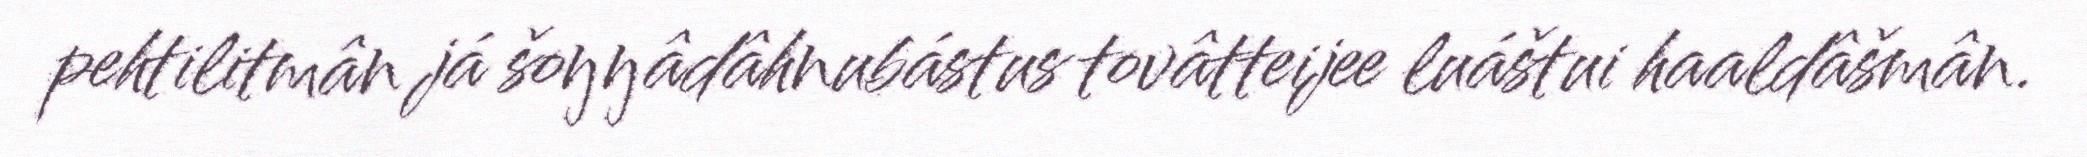
pehtilitmân já šoŋŋâdâhnubástus tovâtteijee luáštui haaldâšmân.